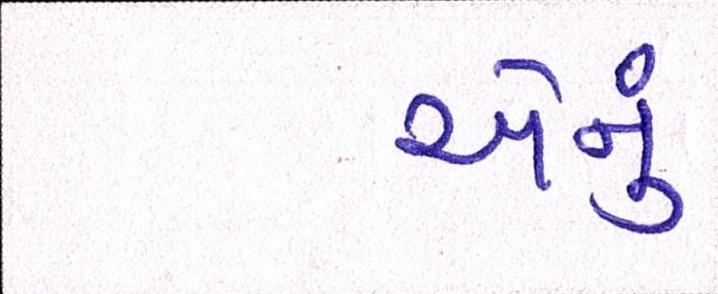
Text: એનું